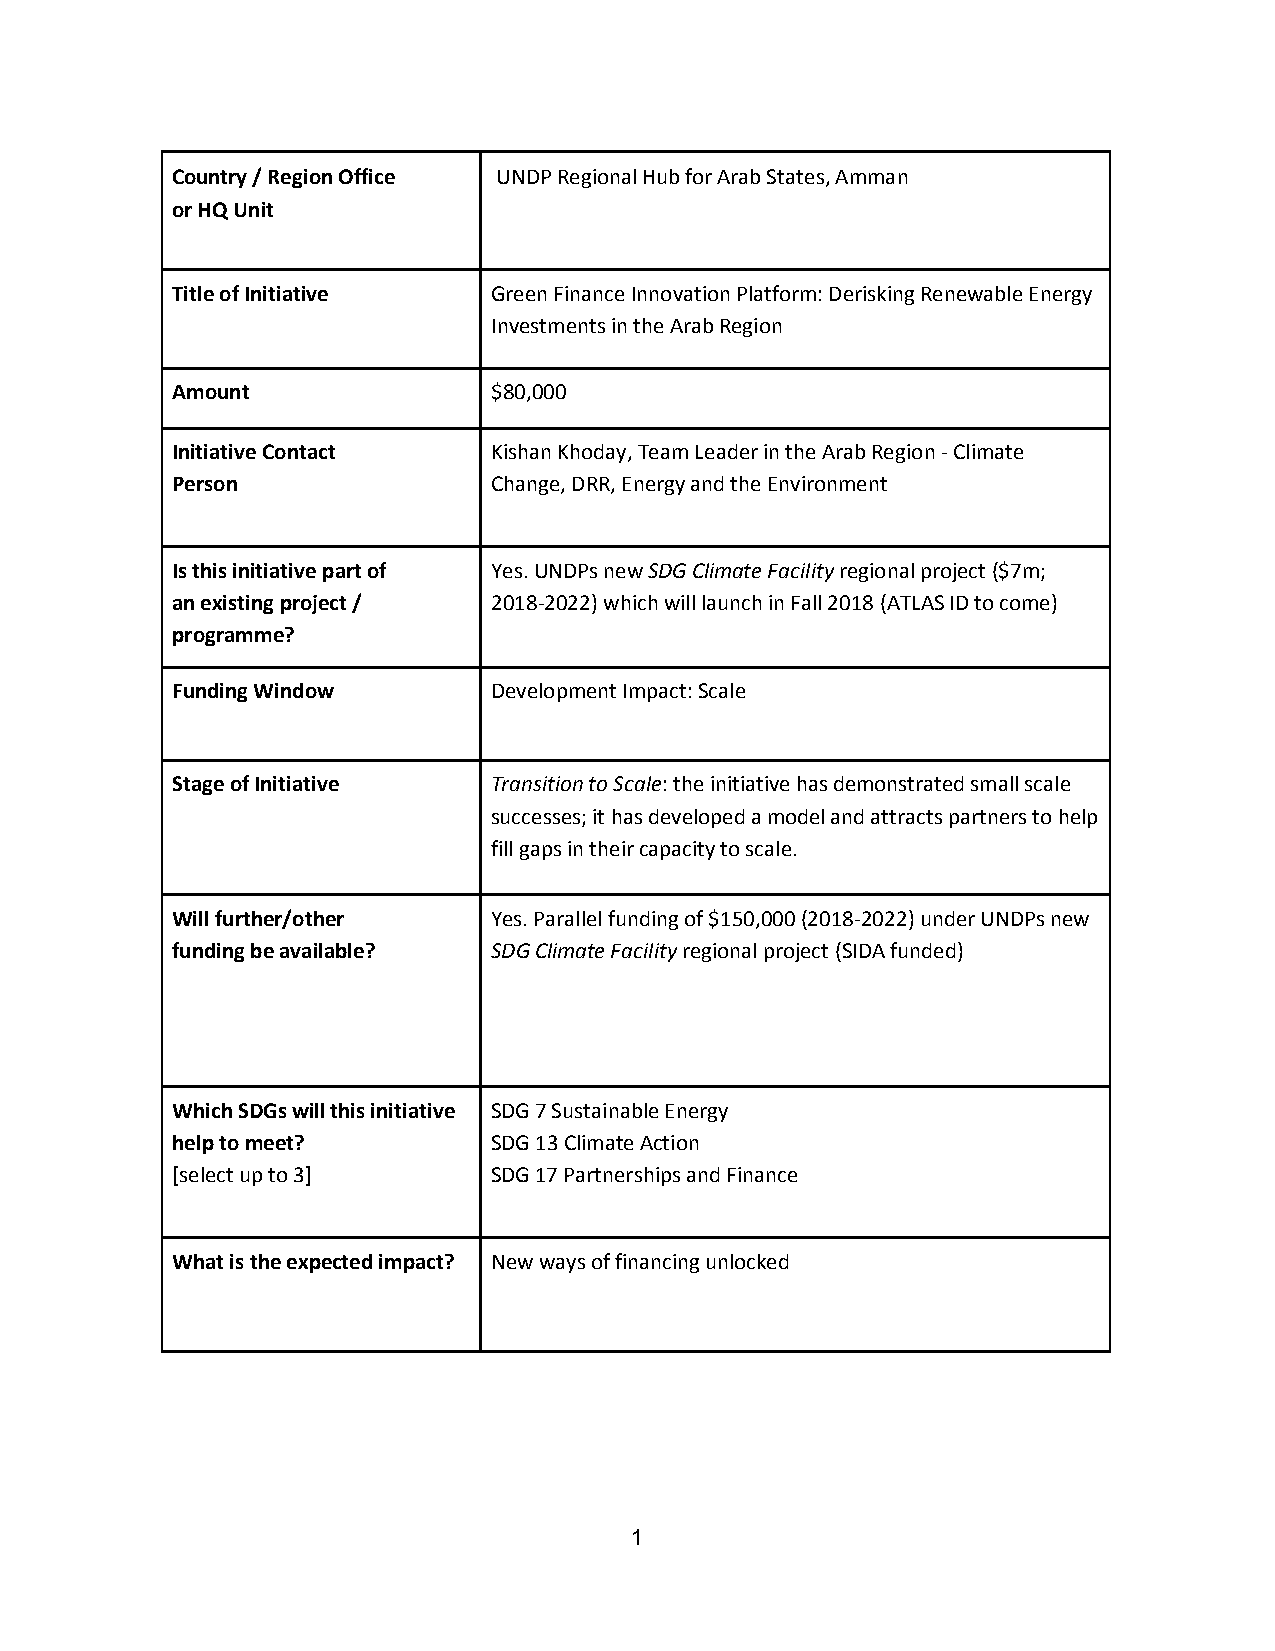
Country / Region Office UNDP Regional Hub for Arab States, Amman
 or HQ Unit
 Title of Initiative  Green Finance Innovation Platform: Derisking Renewable Energy
 Investments in the Arab Region
 Amount               $80,000
 Initiative Contact   Kishan Khoday, Team Leader in the Arab Region - Climate
 Person               Change, DRR, Energy and the Environment
 Is this initiative part of Yes. UNDPs new SDG Climate Facility regional project ($7m;
 an existing project / 2018-2022) which will launch in Fall 2018 (ATLAS ID to come)
 programme?
 Funding Window       Development Impact: Scale
 Stage of Initiative  Transition to Scale: the initiative has demonstrated small scale
 successes; it has developed a model and attracts partners to help
 fill gaps in their capacity to scale.
 Will further/other   Yes. Parallel funding of $150,000 (2018-2022) under UNDPs new
 funding be available? SDG Climate Facility regional project (SIDA funded)
 Which SDGs will this initiative SDG 7 Sustainable Energy
 help to meet?        SDG 13 Climate Action
 [select up to 3]     SDG 17 Partnerships and Finance
 What is the expected impact? New ways of financing unlocked
 1